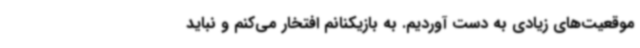
موقعیت‌های زیادی به دست آوردیم. به بازیکنانم افتخار می‌کنم و نباید